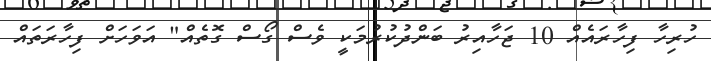
ހުރިހާ ފިހާރައެއް 10 ޖަހާއިރު ބަންދުކުރުމަކީ ވެސް ގޯސް ގޮތެއް" އަވަަހަށް ފިހާރަތައް